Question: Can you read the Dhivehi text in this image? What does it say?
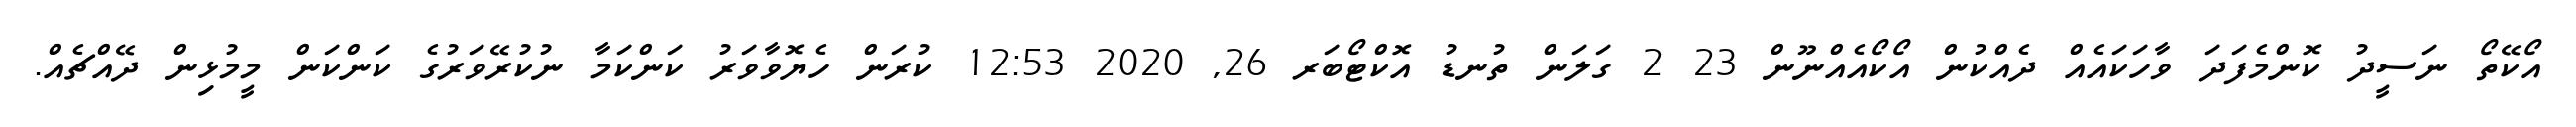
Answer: އޯކޭތޯ ނަސީދު ކޮންމެފަދަ ވާހަކައެއް ދެއްކުން އޯކޯއެއްނޫން 23 2 ގަލަން ތުނޑު އޮކްޓޯބަރ 26, 2020 12:53 ކުރަން ހެޔޮވާވަރު ކަންކަމާ ނުކުރޭވަރުގެ ކަންކަން މީމުޅިން ދޭއްޗެއް.